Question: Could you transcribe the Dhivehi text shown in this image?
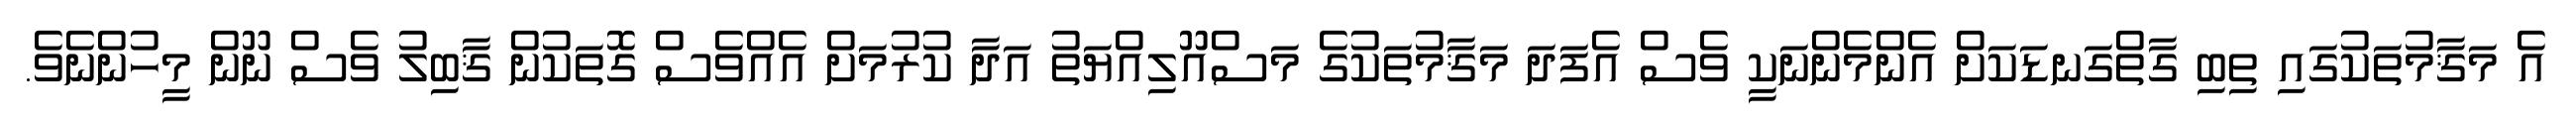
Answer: އެ މަޤާމުތަކުގައި ތިބި ގާތްގަނޑަކަށް އެންމެންނަކީ ވެސް އެފަދަ މަޤާމުތަކުގެ މަސްއޫލިއްޔަތު އަދާ ކުރުމަށް އެއްވެސް ގޮތަކުން ޤާބިލު ވެސް ނޫން މީހުންނެވެ.